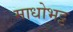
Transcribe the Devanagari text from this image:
माधोभट्ट